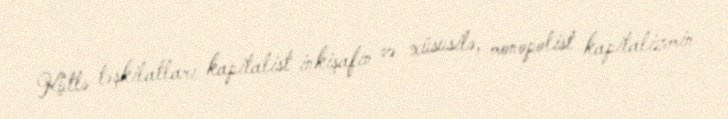
Kütlə təşkilatları kapitalist inkişafın və xüsusilə, monopolist kapitalizmin